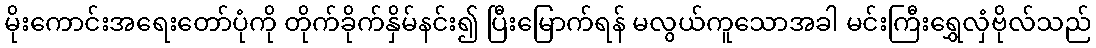
မိုးကောင်းအရေးတော်ပုံကို တိုက်ခိုက်နှိမ်နင်း၍ ပြီးမြောက်ရန် မလွယ်ကူသောအခါ မင်းကြီးရွှေလှံဗိုလ်သည်